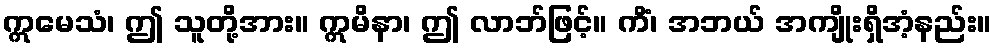
ဣမေသံ၊ ဤ သူတို့အား။ ဣမိနာ၊ ဤ လာဘ်ဖြင့်။ ကိံ၊ အဘယ် အကျိုးရှိအံ့နည်း။